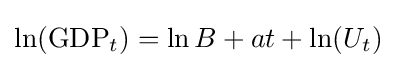
\ln({\text{GDP}}_{t})=\ln B+at+\ln(U_{t})